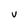
Character: V